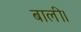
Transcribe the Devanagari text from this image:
बाली।